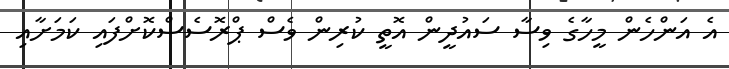
އެ އަންހެން މީހާގެ ވިސާ ސައުދީން އޮތީ ކުރިން ވެސް ޕްރޮސެސްކޮށްފައި ކަމަށާއި